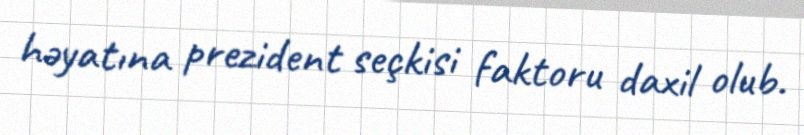
həyatına prezident seçkisi faktoru daxil olub.